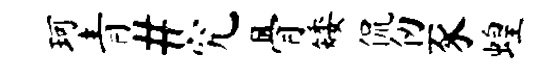
珂青#究骨矮侃仞豕蝗